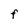
Character: f